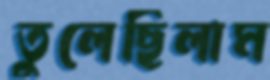
তুলেছিলাম